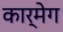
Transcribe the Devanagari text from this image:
कार्मेग